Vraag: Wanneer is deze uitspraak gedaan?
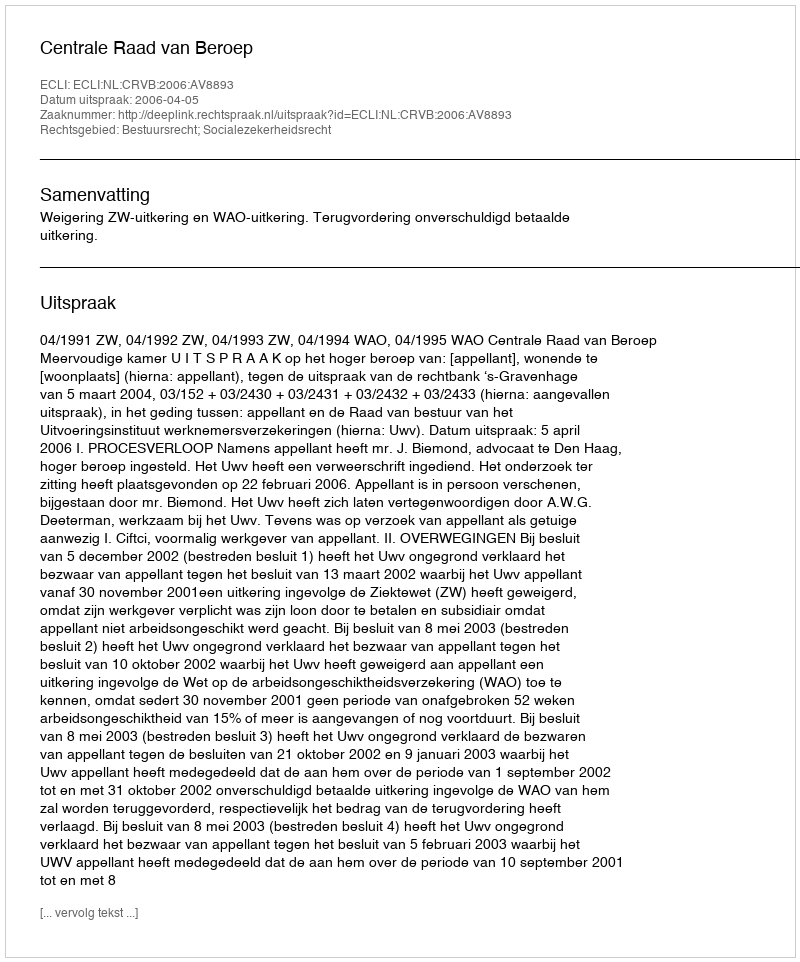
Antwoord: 2006-04-05